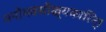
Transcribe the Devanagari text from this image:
मनोभवसौख्यकारिन्।